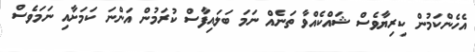
އެހެންކަމުން ކިރިޔާވެސް ޝައްކެއްވާ ތަނެއް ނަމަ ބަލައިފާސް ކުރަމުން އަންނަ ކަމަށާއި ނަމަވެސް